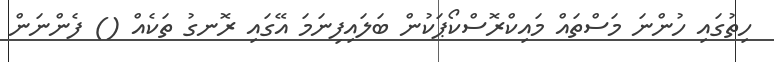
ހިތުގައި ހުންނަ މަސްތައް މައިކްރޮސްކޯޕަކުން ބަލައިފިނަމަ އޭގައި ރޮނގު ތަކެއް () ފެންނަން